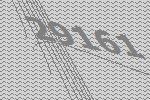
29161